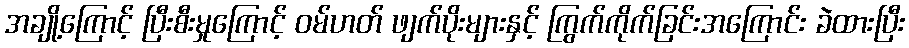
အချို့ကြောင့် ပြီးစီးမှုကြောင့် ဝမ်ဟတ် ဖျက်ပိုးများနှင့် ကြွက်ကိုက်ခြင်းအကြောင်း ခဲထားပြီး